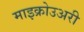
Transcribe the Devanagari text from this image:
माइक्रोउअरी